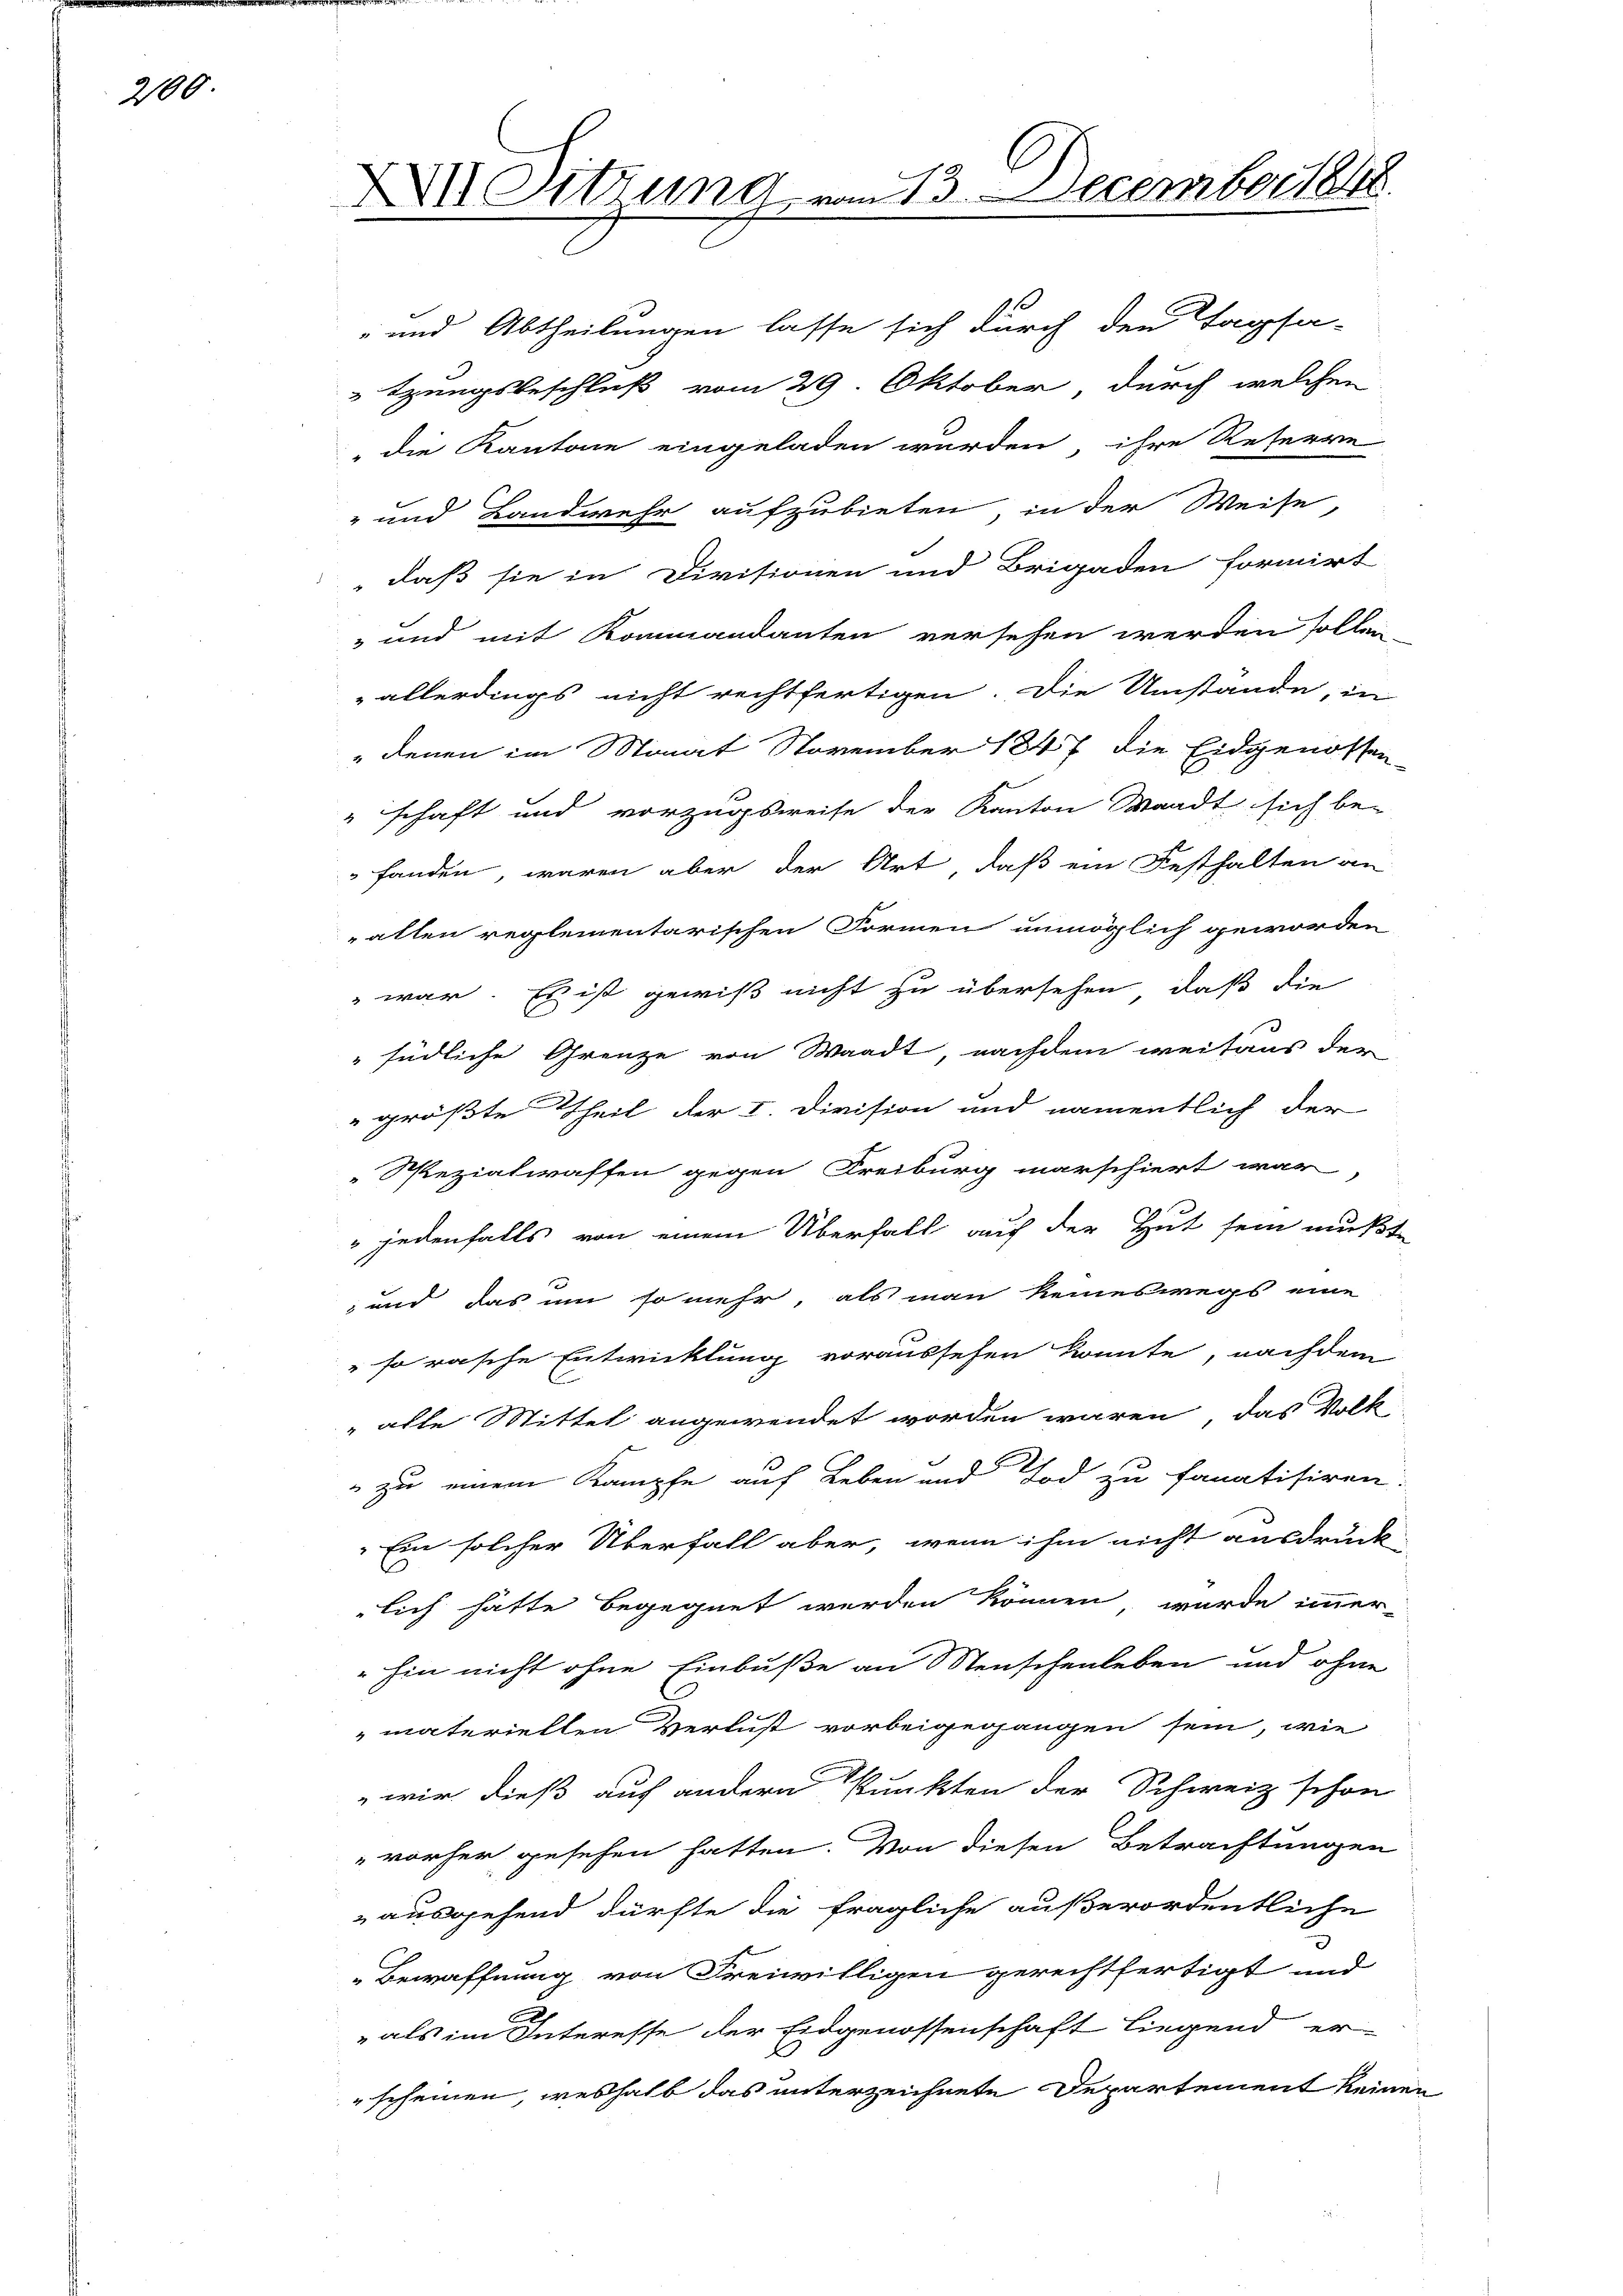
2100.

XXII Sitzung, er

mm 13. December 1848.

- und Abtheilungen lasse sich durch den Tagsa-
tzungsbeschluß vom 29. Oktober durch welchen
" die Kantone eingeladen wurden, ihre Reserre
- und Bandwehr aufzubieten, in der Weise,
daß sie in Divisionen und Brigaden formirt
 und mit Kommandanten versehen werden sollen
„allerdings nicht rechtfertigen. Die Umstände, in
" denen im Monat November 1847 die Eidgenossen-
"schaft und vorzugsweise der Kanton Waadt sich be-
fanden, waren aber der Art, daß ein Festhalten an
allen reglementarischen Formen unmöglich geworden
 war. Es ist gewiß nicht zu übersehen, daß die
" südliche Grenze von Waadt, nachdem weitaus der
größte Theil der I. Division und namentlich der
Spezialwaffen gegen Kreiburg marschiert war,
" jedenfalls von einem Überfall auf der Hut sein mußte
 und das um so mehr, als man keineswegs eine
" so rasche Entwicklung voraussehen könnte, nachdem
„alle Mittel angewendet worden wären, das Volk
 zu einem Kampfe auf Leben und Tod zu fanatisiren.
Ein solcher Überfall aber, wenn ihm nicht ausdruck
lich hätte begegnet werden können, wurde immer-
hin nicht ohne Einbuße an Menschenleben und ohne
materiellen Verlust vorbeigegangen sein, wie
wir dieß auf andern Punkten der Schweiz schon
vorher gesehen hatten. Von diesen Betrachtungen
ausgehend dürfte die fragliche außerordentliche
Bewaffnung von Freiwilligen gerechtfertigt und
 als im Interesse der Eidgenossenschaft liegend er
"scheinen, weshalb das unterzeichnete Departement keine